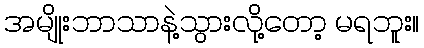
အမျိုးဘာသာနဲ့သွားလို့တော့ မရဘူး။